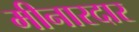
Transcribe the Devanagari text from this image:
मीनारदार